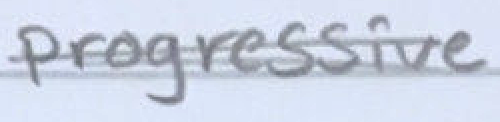
Text: progressive
Cross-out: double-line
Writing tool: pencil